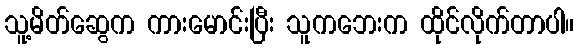
သူ့မိတ်ဆွေက ကားမောင်းပြီး သူကဘေးက ထိုင်လိုက်တာပါ။